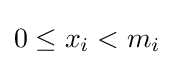
0\leq x_{i}<m_{i}